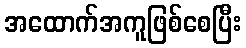
အထောက်အကူဖြစ်စေပြီး